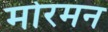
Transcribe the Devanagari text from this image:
मोरमन